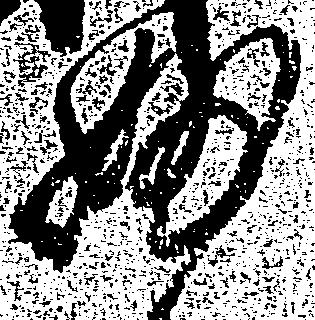
妙